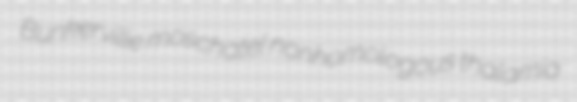
Bunkerville moschatel nonhomologous thalamia